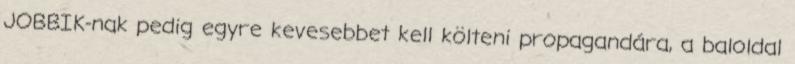
JOBBIK-nak pedig egyre kevesebbet kell költeni propagandára, a baloldal